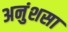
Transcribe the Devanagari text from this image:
अनुंशसा